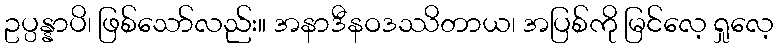
ဥပ္ပန္နာပိ၊ ဖြစ်သော်လည်း။ အနာဒီနဝဒဿိတာယ၊ အပြစ်ကို မြင်လေ့ ရှုလေ့